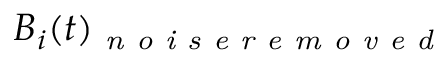
B _ { i } ( t ) _ { \textit { n o i s e r e m o v e d } }